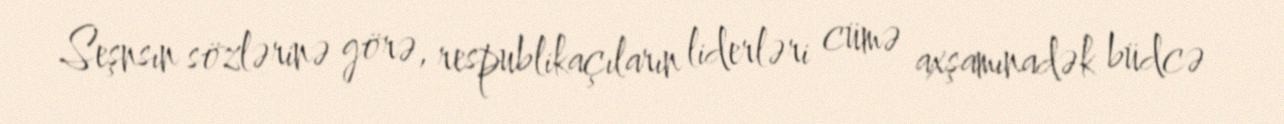
Seşnsın sözlərinə görə, respublikaçıların liderləri cümə axşamınadək büdcə